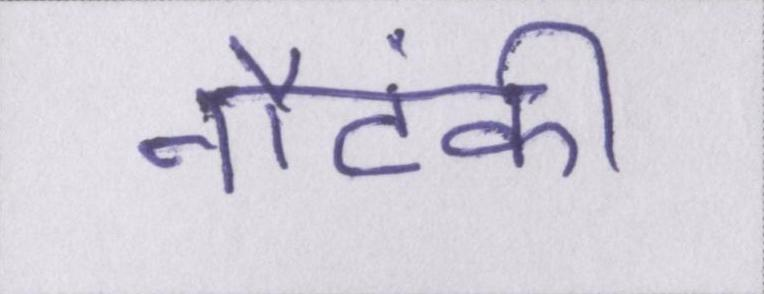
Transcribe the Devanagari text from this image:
नौटंकी